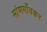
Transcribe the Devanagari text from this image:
मांणगाँवकर